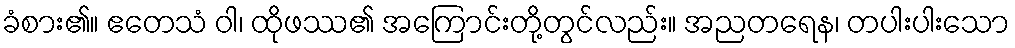
ခံစား၏။ ဧတေသံ ဝါ၊ ထိုဖဿ၏ အကြောင်းတို့တွင်လည်း။ အညတရေန၊ တပါးပါးသော